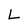
Character: L